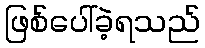
ဖြစ်ပေါ်ခဲ့ရသည်